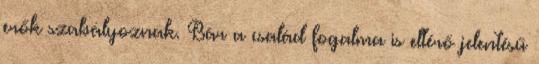
erők szabályoznak. Bár a család fogalma is eltérő jelentésű